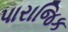
પારાજિક